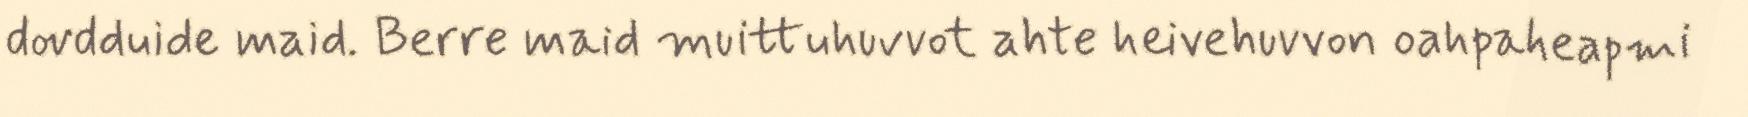
dovdduide maid. Berre maid muittuhuvvot ahte heivehuvvon oahpaheapmi